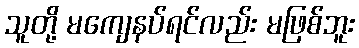
သူတို့ မကျေနပ်ရင်လည်း မဖြစ်ဘူး